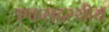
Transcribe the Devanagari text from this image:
एकसदस्यीय